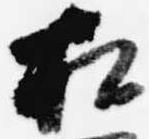
相